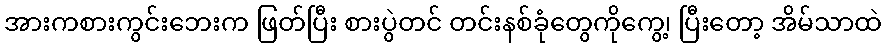
အားကစားကွင်းဘေးက ဖြတ်ပြီး စားပွဲတင် တင်းနစ်ခုံတွေကိုကွေ့၊ ပြီးတော့ အိမ်သာထဲ